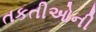
તકતીઓની